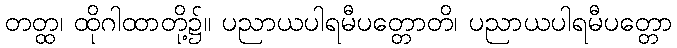
တတ္ထ၊ ထိုဂါထာတို့၌။ ပညာယပါရမီပတ္တောတိ၊ ပညာယပါရမီပတ္တော